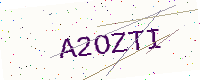
Text: A2OZTI